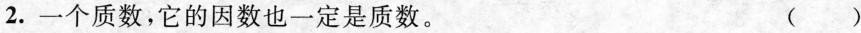
2. 一个质数，它的因数也一定是质数。 ( )